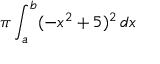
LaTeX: \pi \int _ { a } ^ { b } ( - x ^ { 2 } + 5 ) ^ { 2 } \, d x